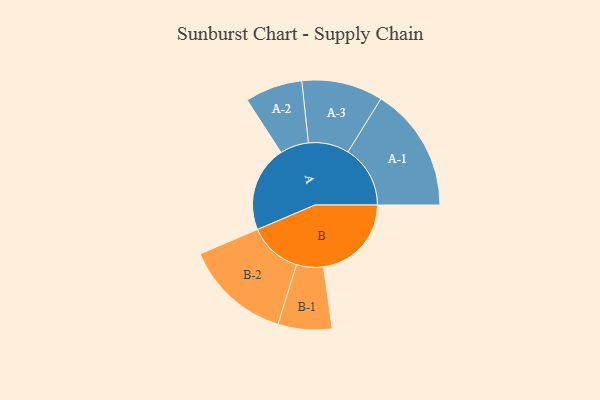
{"axis": {"x": "Segment", "y": "Value"}, "legend": ["", "A", "B"], "data": [{"x": "A", "y": 332, "type": ""}, {"x": "B", "y": 340, "type": ""}, {"x": "A-1", "y": 241, "type": "A"}, {"x": "A-2", "y": 111, "type": "A"}, {"x": "A-3", "y": 157, "type": "A"}, {"x": "B-1", "y": 104, "type": "B"}, {"x": "B-2", "y": 206, "type": "B"}]}